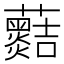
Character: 𧅡